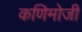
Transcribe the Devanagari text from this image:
कणिमोजी